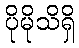
ပိုမိုသိရှိ